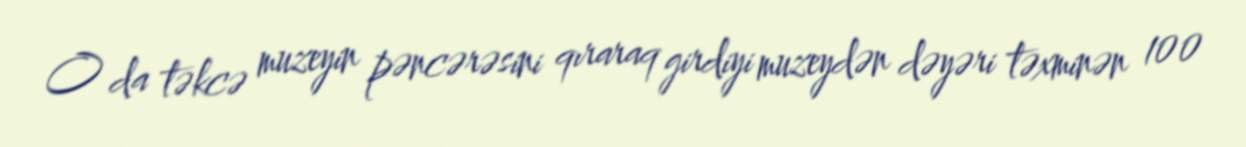
O da təkcə muzeyin pəncərəsini qıraraq girdiyi muzeydən dəyəri təxminən 100